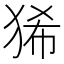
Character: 狶